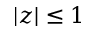
| z | \le 1